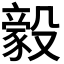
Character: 𬆲